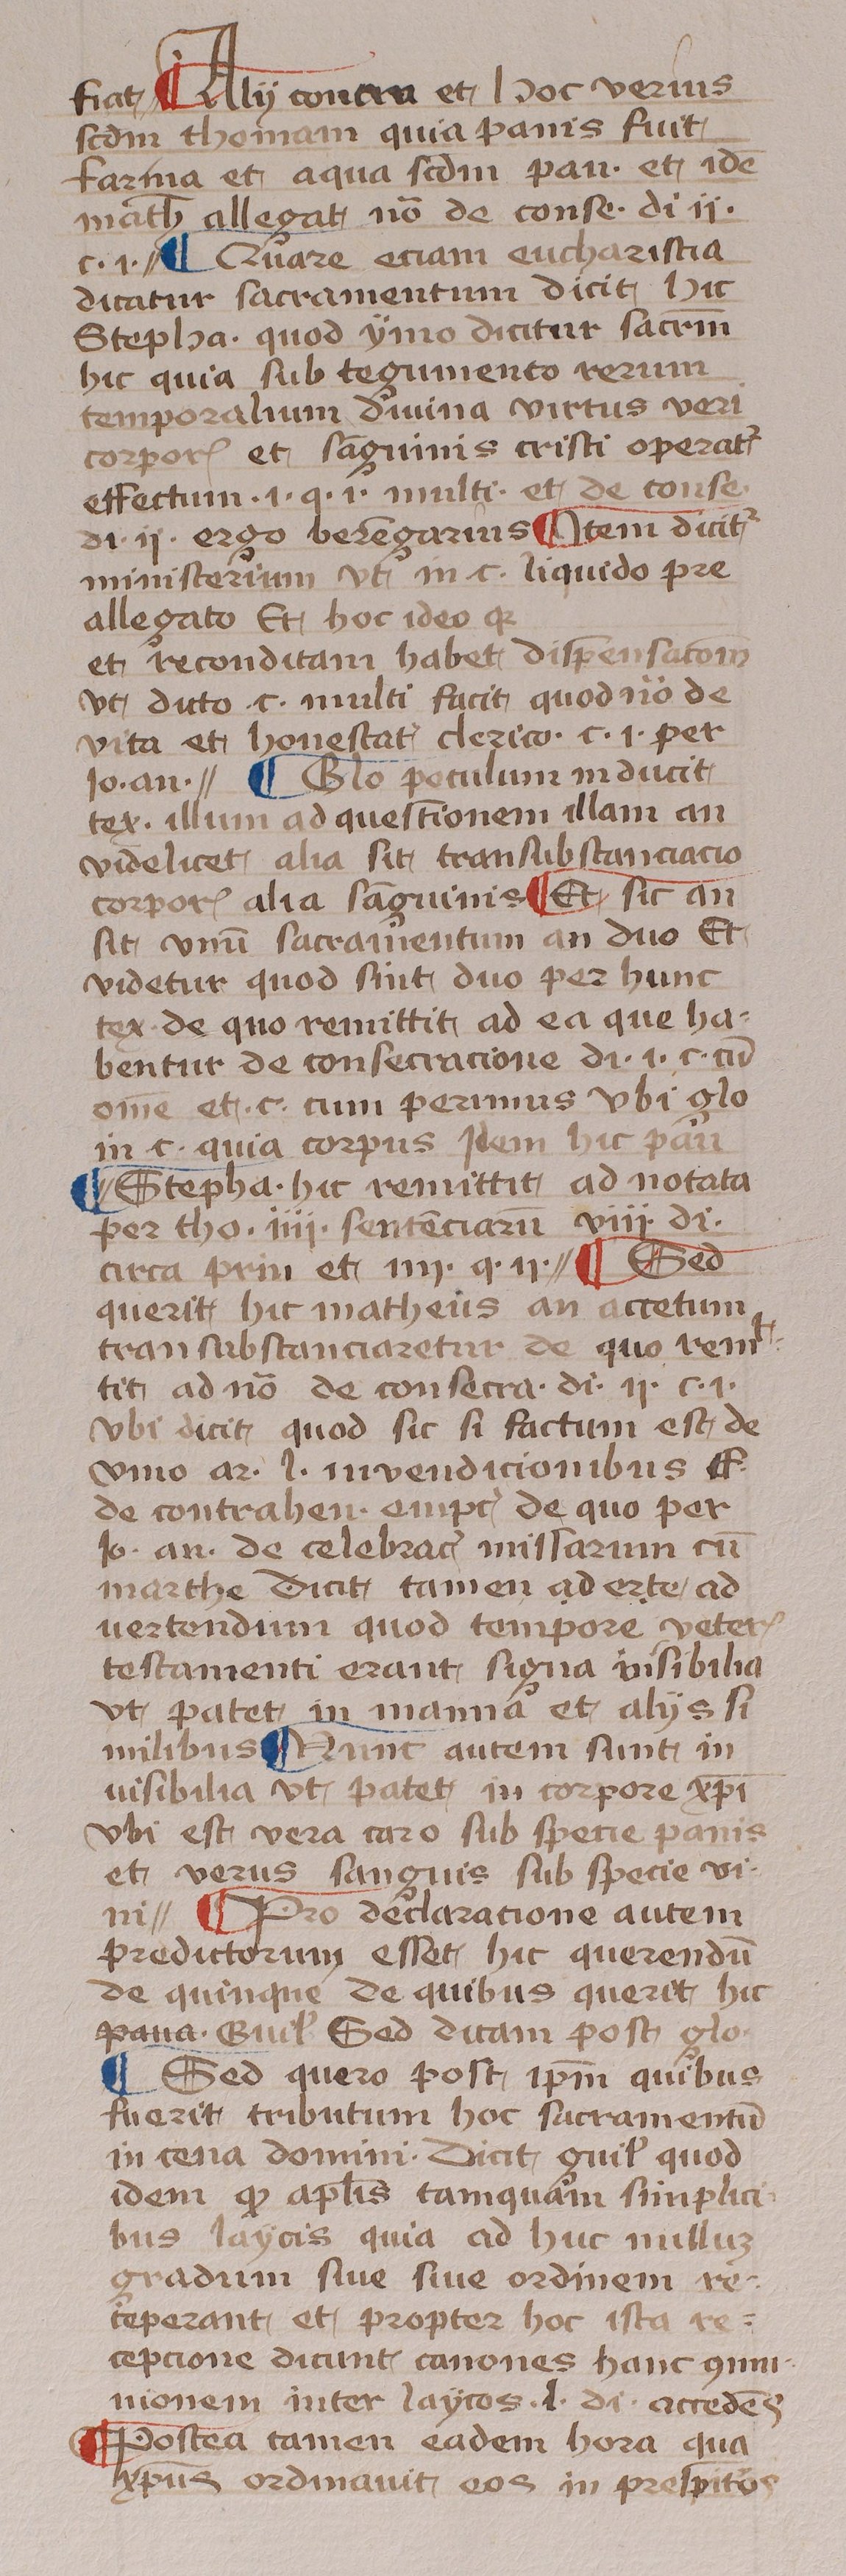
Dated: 1433–1465